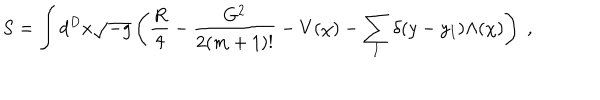
LaTeX: S = \int d ^ { D } x \sqrt { - g } \left( \frac { R } { 4 } - \frac { G ^ { 2 } } { 2 ( m + 1 ) ! } - V ( \chi ) - \sum _ { I } \delta ( y - y _ { I } ) \Lambda ( \chi ) \right) \; ,